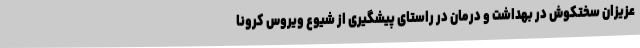
عزیزان سختکوش در بهداشت و درمان در راستای پیشگیری از شیوع ویروس کرونا